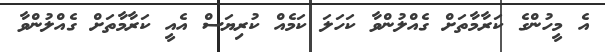
އެ މީހުންގެ ކަރާމާތަށް ގެއްލުންވާ ކަހަލަ ކަމެއް ކުރިޔަސް އެއީ ކަރާމާތަށް ގެއްލުންވާ